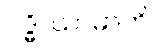
ဝဒ္ဓိဿာမာတိ